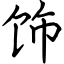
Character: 饰